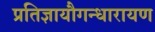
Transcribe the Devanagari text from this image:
प्रतिज्ञायौगन्धारायण